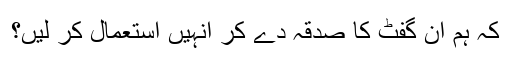
کہ ہم ان گفٹ کا صدقہ دے کر انہیں استعمال کر لیں؟